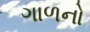
ગાળનો